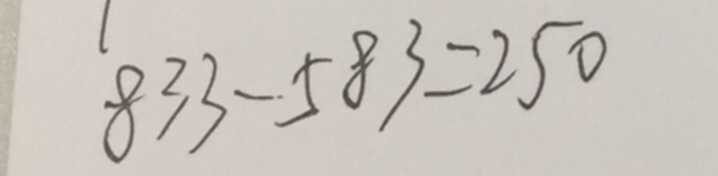
8 3 3 - 5 8 3 = 2 5 0